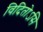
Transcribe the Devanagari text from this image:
विदितोऽसि